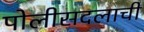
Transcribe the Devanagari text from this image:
पोलीसदलाची